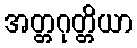
အတ္တဂုတ္တိယာ